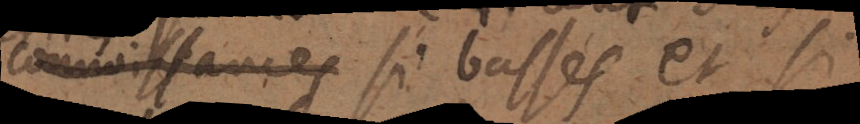
connaissances si basses et si